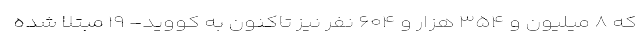
که ۸ میلیون و ۳۵۴ هزار و ۶۰۴ نفر نیز تاکنون به کووید- ۱۹ مبتلا شده